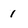
Character: 1